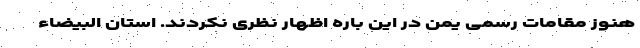
هنوز مقامات رسمی یمن در این باره اظهار نظری نکردند. استان البیضاء